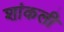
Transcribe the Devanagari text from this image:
शांकली